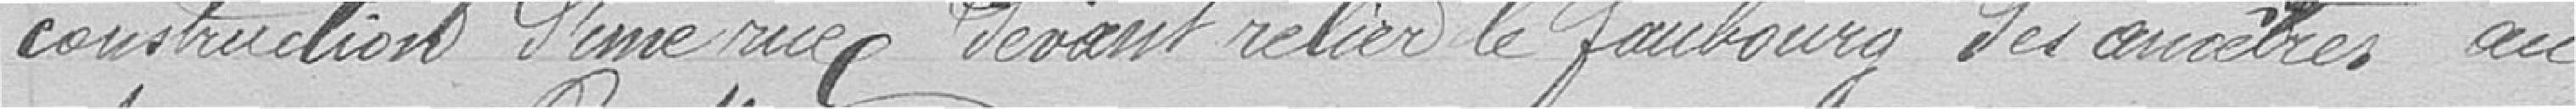
construction d'une rue devant relier le faubourg des ancêtres au